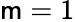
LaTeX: \mathsf{m}=1